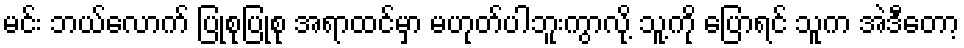
မင်း ဘယ်လောက် ပြုစုပြုစု အရာထင်မှာ မဟုတ်ပါဘူးကွာလို့ သူ့ကို ပြောရင် သူက အဲဒီတော့